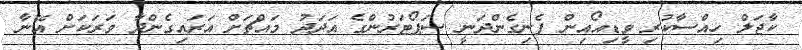
ކާޖަލް ހިއްސާކުރި ވީޑިއޯއިން ފެނިގެންދަނީ ސަޕޯޓަރުންގެ އަދަދު މައްޗަށް އަރައިގެންދާ ވަރަކަށް އޭނާ